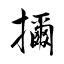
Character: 擟